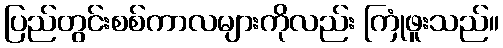
ပြည်တွင်းစစ်ကာလများကိုလည်း ကြုံဖူးသည်။